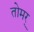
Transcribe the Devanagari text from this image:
तोमर्